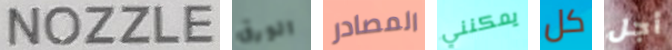
NOZZLE الورق المصادر يمكنني كل أجل